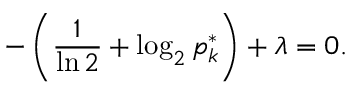
- \left( { \frac { 1 } { \ln 2 } } + \log _ { 2 } p _ { k } ^ { * } \right) + \lambda = 0 .